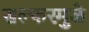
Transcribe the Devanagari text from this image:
सल्फरमुळे